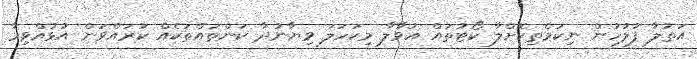
އަތުލާ ފުލުހުން ނިކަމެތިކޮށްލާ ކޯޓުތައް އުވާލާ މިކަހަލަ ވިޔާނުދާ ކަންތައްތަކެއް ކުރައްވަން އުޅުއްވިމާ